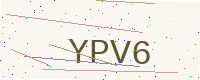
Text: YPV6